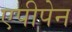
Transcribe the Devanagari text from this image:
एपीपेन